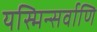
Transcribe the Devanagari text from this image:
यस्मिन्सर्वाणि